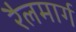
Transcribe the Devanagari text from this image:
रैलमार्ग